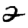
Digit: 2